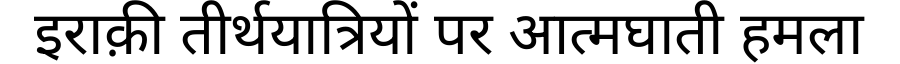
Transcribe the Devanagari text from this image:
इराक़ी तीर्थयात्रियों पर आत्मघाती हमला